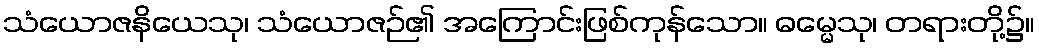
သံယောဇနိယေသု၊ သံယောဇဉ်၏ အကြောင်းဖြစ်ကုန်သော။ ဓမ္မေသု၊ တရားတို့၌။